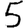
Digit: 5